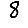
Digit: 8